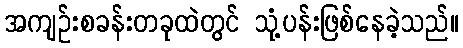
အကျဉ်းစခန်းတခုထဲတွင် သုံ့ပန်းဖြစ်နေခဲ့သည်။